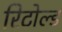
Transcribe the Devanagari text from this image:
रिटोल्ड